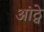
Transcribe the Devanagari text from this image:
आंठ्वे